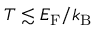
T \lesssim E _ { \mathrm { F } } / k _ { \mathrm { B } }